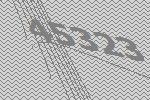
45323